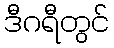
ဒီဂရီတွင်